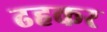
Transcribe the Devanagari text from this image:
ढहकर